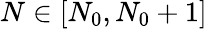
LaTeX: N\in[N_{0},N_{0}+1]